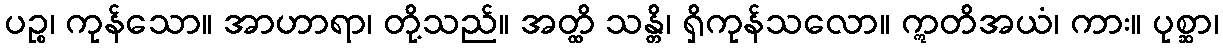
ပဉ္စ၊ ကုန်သော။ အာဟာရာ၊ တို့သည်။ အတ္ထိ သန္တိ၊ ရှိကုန်သလော။ ဣတိအယံ၊ ကား။ ပုစ္ဆာ၊